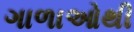
ગાળાઓથી